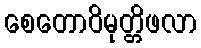
စေတောဝိမုတ္တိဖလာ